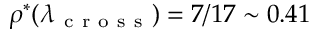
\rho ^ { * } ( \lambda _ { \mathrm { ~ c ~ r ~ o ~ s ~ s ~ } } ) = 7 / 1 7 \sim 0 . 4 1